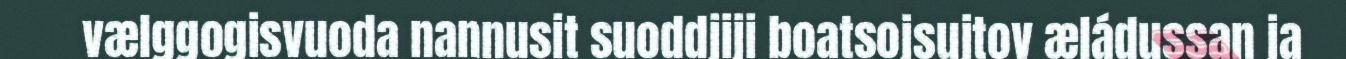
vælggogisvuoda nannusit suoddjiji boatsojsujtov æládussan ja